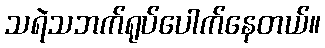
သရဲသဘက်ရုပ်ပေါက်နေတယ်။